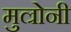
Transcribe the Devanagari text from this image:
मुल्रोनी